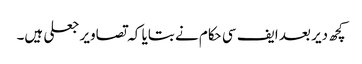
کچھ دیر بعد ایف سی حکام نے بتایا کہ تصاویر جعلی ہیں۔